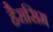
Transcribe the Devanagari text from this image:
हैरासिम